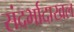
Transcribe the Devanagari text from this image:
संदर्भादाखल